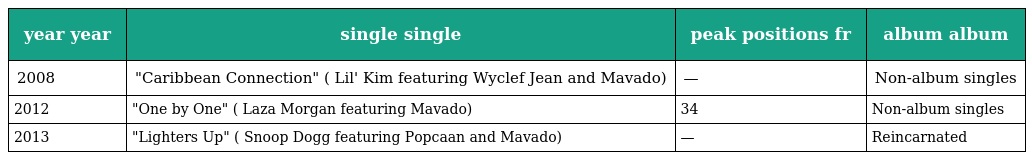
| year year | single single | peak positions fr | album album |
 | --- | --- | --- | --- |
 | 2008 | "Caribbean Connection" ( Lil' Kim featuring Wyclef Jean and Mavado) | — | Non-album singles |
 | 2012 | "One by One" ( Laza Morgan featuring Mavado) | 34 | Non-album singles |
 | 2013 | "Lighters Up" ( Snoop Dogg featuring Popcaan and Mavado) | — | Reincarnated |